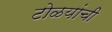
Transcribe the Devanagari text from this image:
टोळयांची